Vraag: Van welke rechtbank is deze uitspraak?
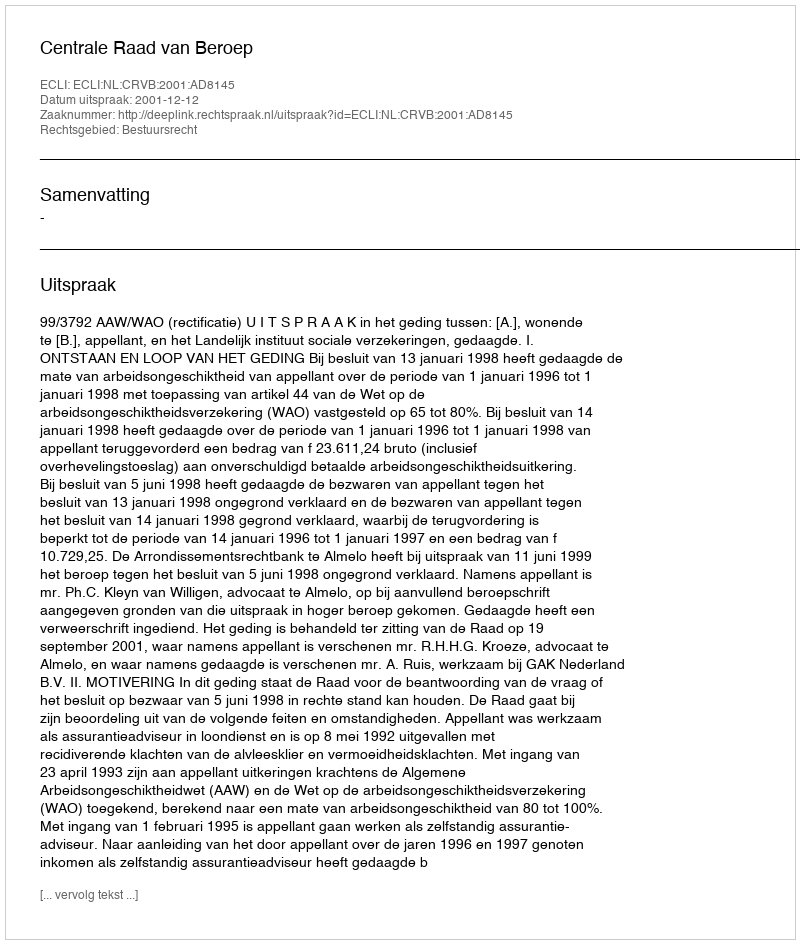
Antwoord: Centrale Raad van Beroep